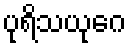
ပုရိသယုဂေ